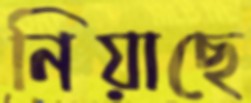
নিয়াছে